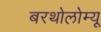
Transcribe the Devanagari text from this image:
बरथोलोम्यू